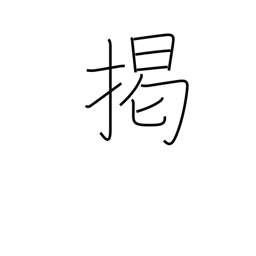
Meaning: hang out